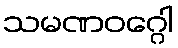
သမဏဝဂ္ဂေါ